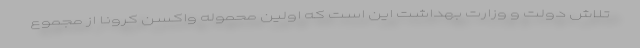
تلاش دولت و وزارت بهداشت این است که اولین محموله واکسن کرونا از مجموع